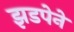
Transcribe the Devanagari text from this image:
झडपेने